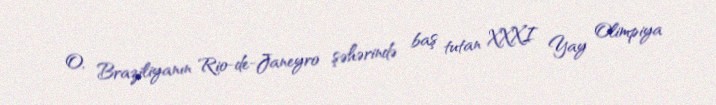
O, Braziliyanın Rio-de-Janeyro şəhərində baş tutan XXXI Yay Olimpiya